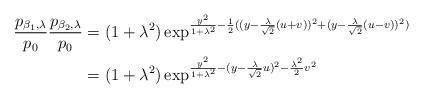
LaTeX: \begin{align*}\frac{p_{\beta_{1},\lambda}}{p_{0}}\frac{p_{\beta_{2},\lambda}}{p_{0}}&=(1+\lambda^{2})\exp^{\frac{y^{2}}{1+\lambda^{2}}-\frac{1}{2}((y-\frac{\lambda}{\sqrt{2}}(u+v))^{2}+(y-\frac{\lambda}{\sqrt{2}}(u-v))^{2})}\\&=(1+\lambda^{2})\exp^{\frac{y^{2}}{1+\lambda^{2}}-(y-\frac{\lambda}{\sqrt{2}}u)^{2}-\frac{\lambda^{2}}{2} v^{2} }\end{align*}